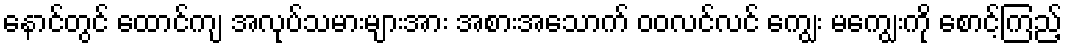
နောင်တွင် ထောင်ကျ အလုပ်သမားများအား အစားအသောက် ဝဝလင်လင် ကျွေး မကျွေးကို စောင့်ကြည့်